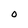
Character: 0